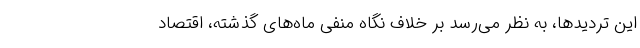
این تردیدها، به نظر می‌رسد بر خلاف نگاه منفی ماه‌های گذشته، اقتصاد